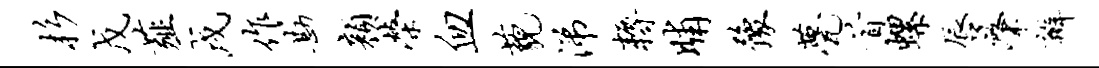
杉戊薤戌作勘颜荣血藐涕耨晡豫甍首螺唇肇瓣